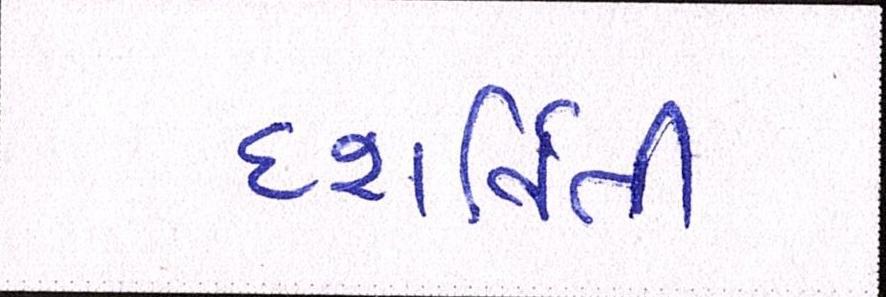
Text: દશર્વિતી